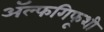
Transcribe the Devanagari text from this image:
ॲल्फगिफूशी